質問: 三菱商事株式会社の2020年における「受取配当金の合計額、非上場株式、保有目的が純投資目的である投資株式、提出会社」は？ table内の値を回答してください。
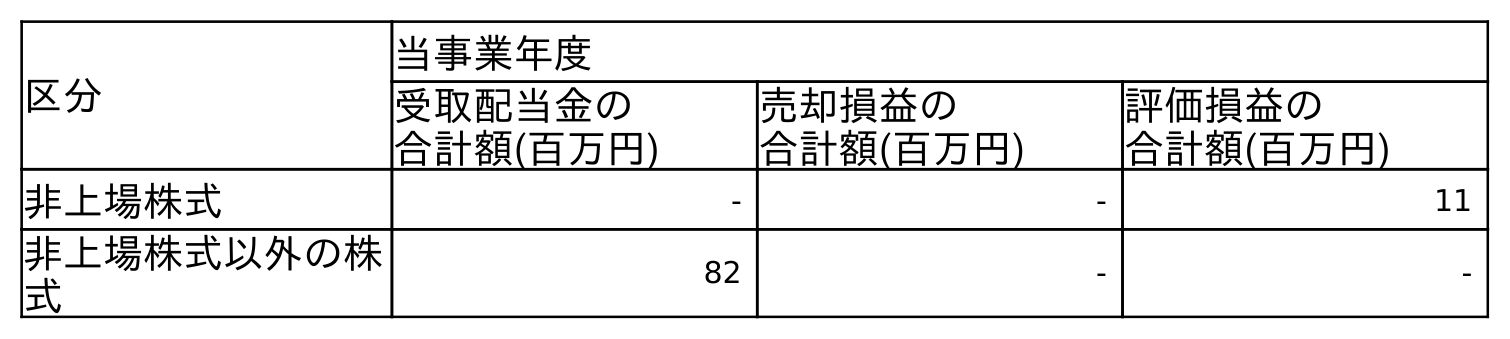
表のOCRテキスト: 区分 当事業年度 受取配当金の 合計額(百万円) 売却損益の 合計額(百万円) 評価損益の 合計額(百万円) 非上場株式 - - 11 非上場株式以外の株 式 82 - -
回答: -